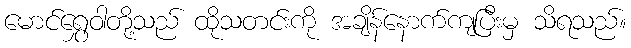
မောင်ရွှေဝါတို့သည် ထိုသတင်းကို အချိန်နောက်ကျပြီးမှ သိရသည်။